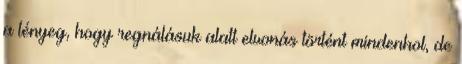
a lényeg, hogy regnálásuk alatt elvonás történt mindenhol, de